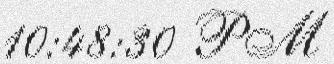
10:48:30 PM